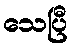
သေပြီ